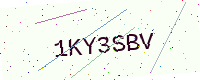
Text: 1KY3SBV